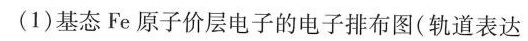
(1)基态Fe原子价层电子的电子排布图(轨道表达